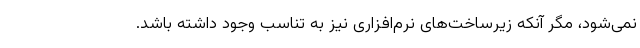
نمی‌شود، مگر آنکه زیرساخت‌های نرم‌افزاری نیز به تناسب وجود داشته باشد.